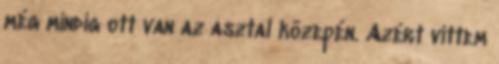
még mindig ott van az asztal közepén. Azért vittem